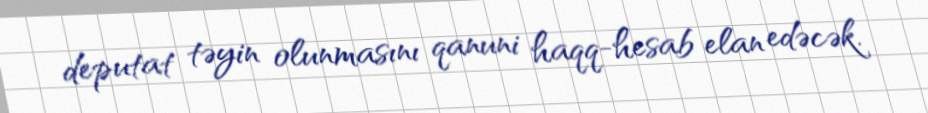
deputat təyin olunmasını qanuni haqq-hesab elan edəcək.